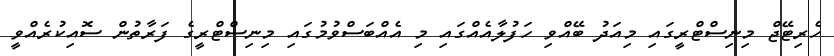
ހެރިޓޭޖް މިނިސްޓްރީގައި މިއަދު ބޭއްވި ހަފުލާއެއްގައި މި އެއްބަސްވުމުގައި މިނިސްޓްރީގެ ފަރާތުން ސޮއިކުރެއްވީ